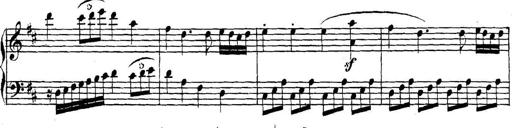
Title: Collected Piano Sonatas
Composer: Muzio Clementi